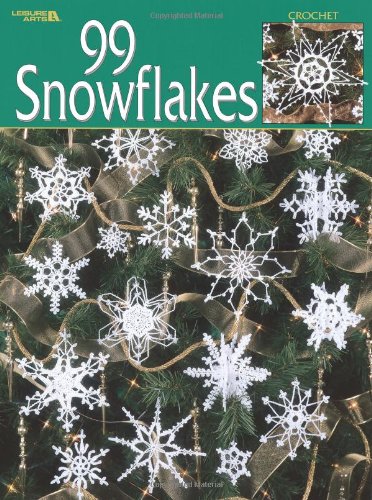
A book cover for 99 Snowflakes  (Leisure Arts #3013); Leisure Arts; Crafts, Hobbies & Home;